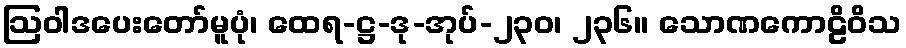
ဩဝါဒပေးတော်မူပုံ၊ ထေရ-ဋ္ဌ-ဒု-အုပ်-၂၃၀၊ ၂၃၆။ သောဏကောဠိဝိသ